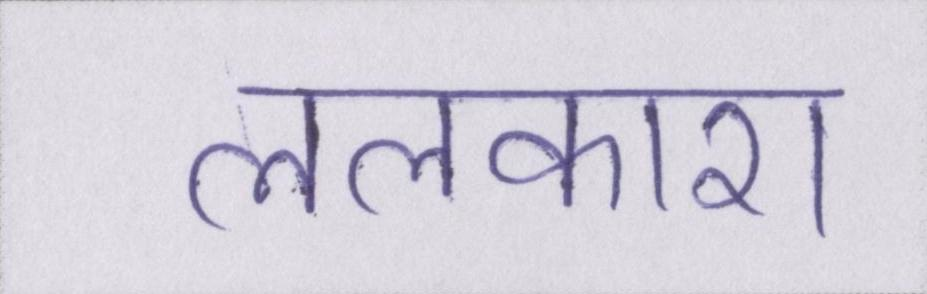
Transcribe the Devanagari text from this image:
ललकारा